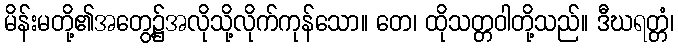
မိန်းမတို့၏အတွေ့၌အလိုသို့လိုက်ကုန်သော။ တေ၊ ထိုသတ္တဝါတို့သည်။ ဒီဃရတ္တံ၊